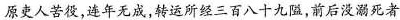
原吏人苦役，连年无成，转运所经三百八十九隘前后没溺死者